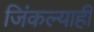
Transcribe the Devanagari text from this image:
जिंकल्याही